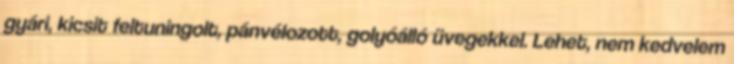
gyári, kicsit feltuningolt, pánvélozott, golyóálló üvegekkel. Lehet, nem kedvelem